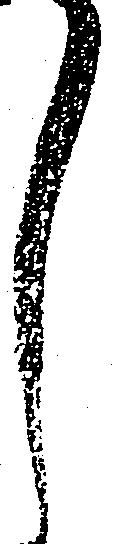
し